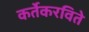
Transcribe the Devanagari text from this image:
कर्तेकरविते